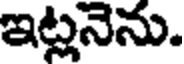
ఇట్లనెను.